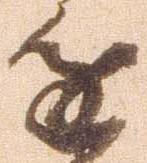
進